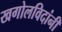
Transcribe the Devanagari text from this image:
खगोलविदांनी